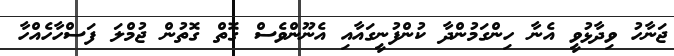
ޖަނާހު ވިދާޅުވީ އެނާ ހިންގަމުންދާ ކުންފުނީގައާއި އެނޫންވެސް ގޮތް ގޮތުން ޖުމްލަ ފަސްހާހެއްހާ